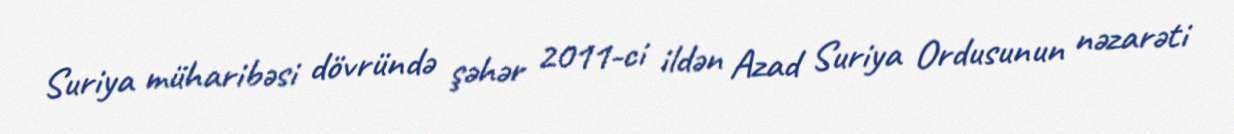
Suriya müharibəsi dövründə şəhər 2011-ci ildən Azad Suriya Ordusunun nəzarəti